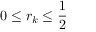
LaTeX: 0 \leq r _ { k } \leq { \frac { 1 } { 2 } }